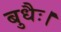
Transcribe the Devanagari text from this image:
बुधैः।